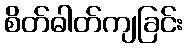
စိတ်ဓါတ်ကျခြင်း